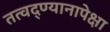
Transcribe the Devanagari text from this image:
तत्वद्ण्यानापेक्षा